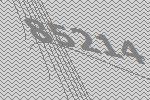
85214